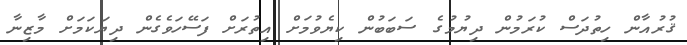
ޤުރުއާން ހިތުދަސް ކުރަމުން ދިޔުމުގެ ސަބަބުން ކިޔެވުމަށް އިތުރަށް ފަސޭހަވެގެން ދިޔަކަމަށް މާޒިނާ